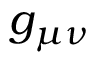
g _ { \mu \nu }